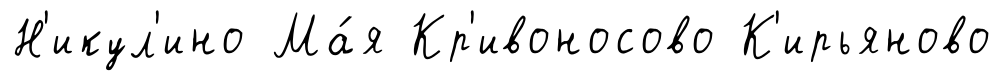
Н'икул'ино Ма́я Кр'ивоносово К'ирьяново